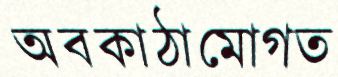
অবকাঠামোগত